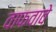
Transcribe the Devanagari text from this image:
वाफवावे